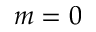
m = 0